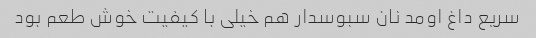
سریع داغ اومد نان سبوسدار هم خیلی با کیفیت خوش طعم بود